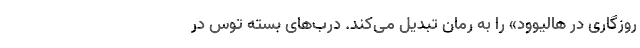
روزگاری در هالیوود» را به رمان تبدیل می‌کند. درب‌های بسته توس در